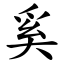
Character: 奚